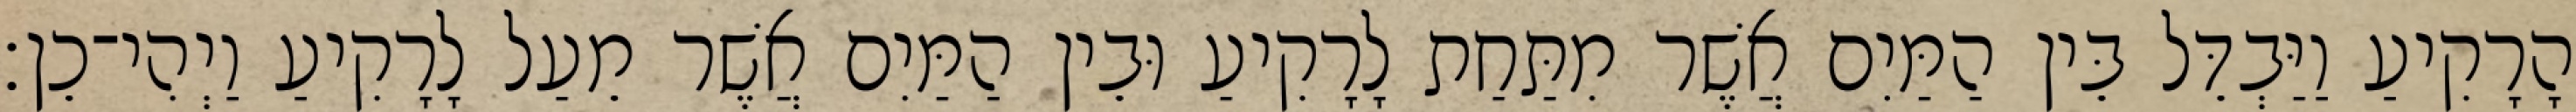
הָרָקִיעַ וַיַּבְדֵּל בֵּין הַמַּיִם אֲשֶׁר מִתַּחַת לָרָקִיעַ וּבֵין הַמַּיִם אֲשֶׁר מֵעַל לָרָקִיעַ וַיְהִי־כֵן׃